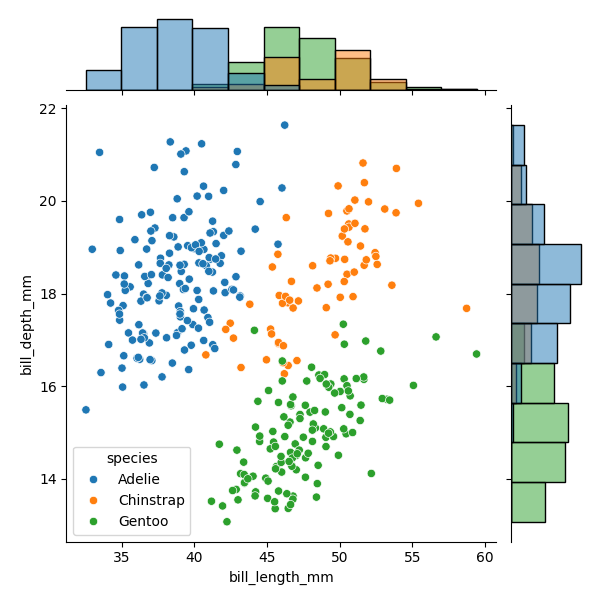
python, seaborn, JointGrid, scatterplot, histplot, hue